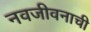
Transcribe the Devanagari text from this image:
नवजीवनाची